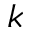
k